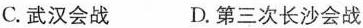
C. 武汉会战 D. 第三次长沙会战